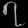
Digit: ၇